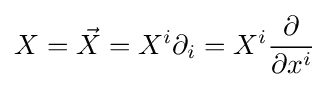
X={\vec {X}}=X^{i}\partial _{i}=X^{i}{\frac {\partial }{\partial x^{i}}}